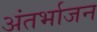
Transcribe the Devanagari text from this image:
अंतर्भाजन